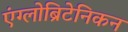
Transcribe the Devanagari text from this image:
एंग्लोब्रिटेनिकन